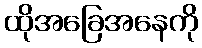
ထိုအခြေအနေကို